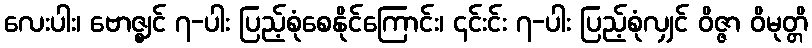
လေးပါး၊ ဗောဇ္ဈင် ၇-ပါး ပြည့်စုံစေနိုင်ကြောင်း၊ ၎င်းင်း ၇-ပါး ပြည့်စုံလျှင် ဝိဇ္ဇာ ဝိမုတ္တိ